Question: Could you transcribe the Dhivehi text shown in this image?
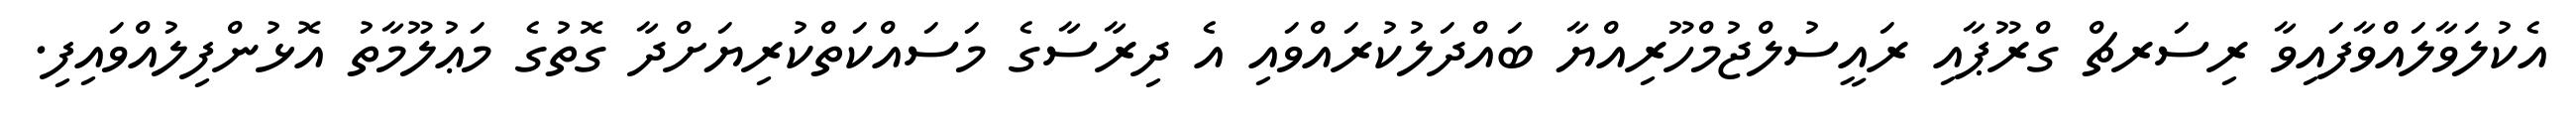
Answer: އެކުލަވާލައްވާފައިވާ ރިސަރޗް ގްރޫޕާއި ރައީސުލްޖުމްހޫރިއްޔާ ބައްދަލުކުރައްވައި އެ ދިރާސާގެ މަސައްކަތްކުރިޔަށްދާ ގޮތުގެ މަޢުލޫމާތު އޮޅުންފިލުއްވައިފި.